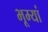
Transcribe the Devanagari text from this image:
भूम्यां